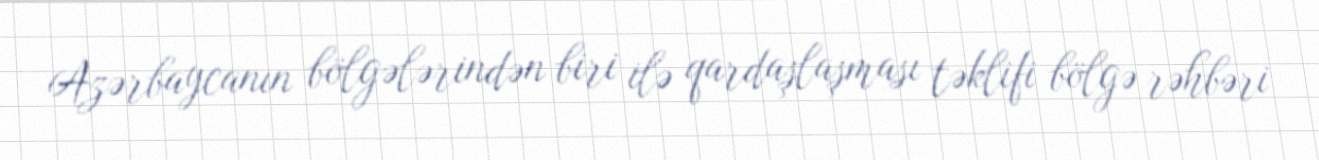
Azərbaycanın bölgələrindən biri ilə qardaşlaşması təklifi bölgə rəhbəri